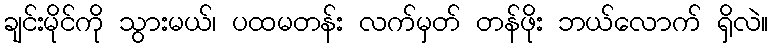
ချင်းမိုင်ကို သွားမယ်၊ ပထမတန်း လက်မှတ် တန်ဖိုး ဘယ်လောက် ရှိလဲ။